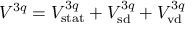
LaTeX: V ^ { 3 q } = V _ { \mathrm { s t a t } } ^ { 3 q } + V _ { \mathrm { s d } } ^ { 3 q } + V _ { \mathrm { v d } } ^ { 3 q }